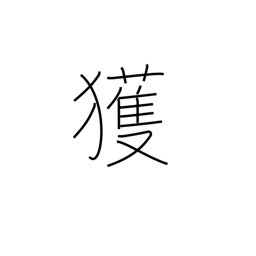
Meaning: find